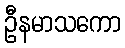
ဦနမာသကော